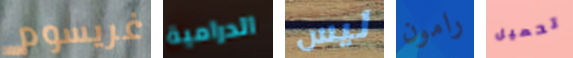
غريسوم الدرامية ليس رامون تحميل